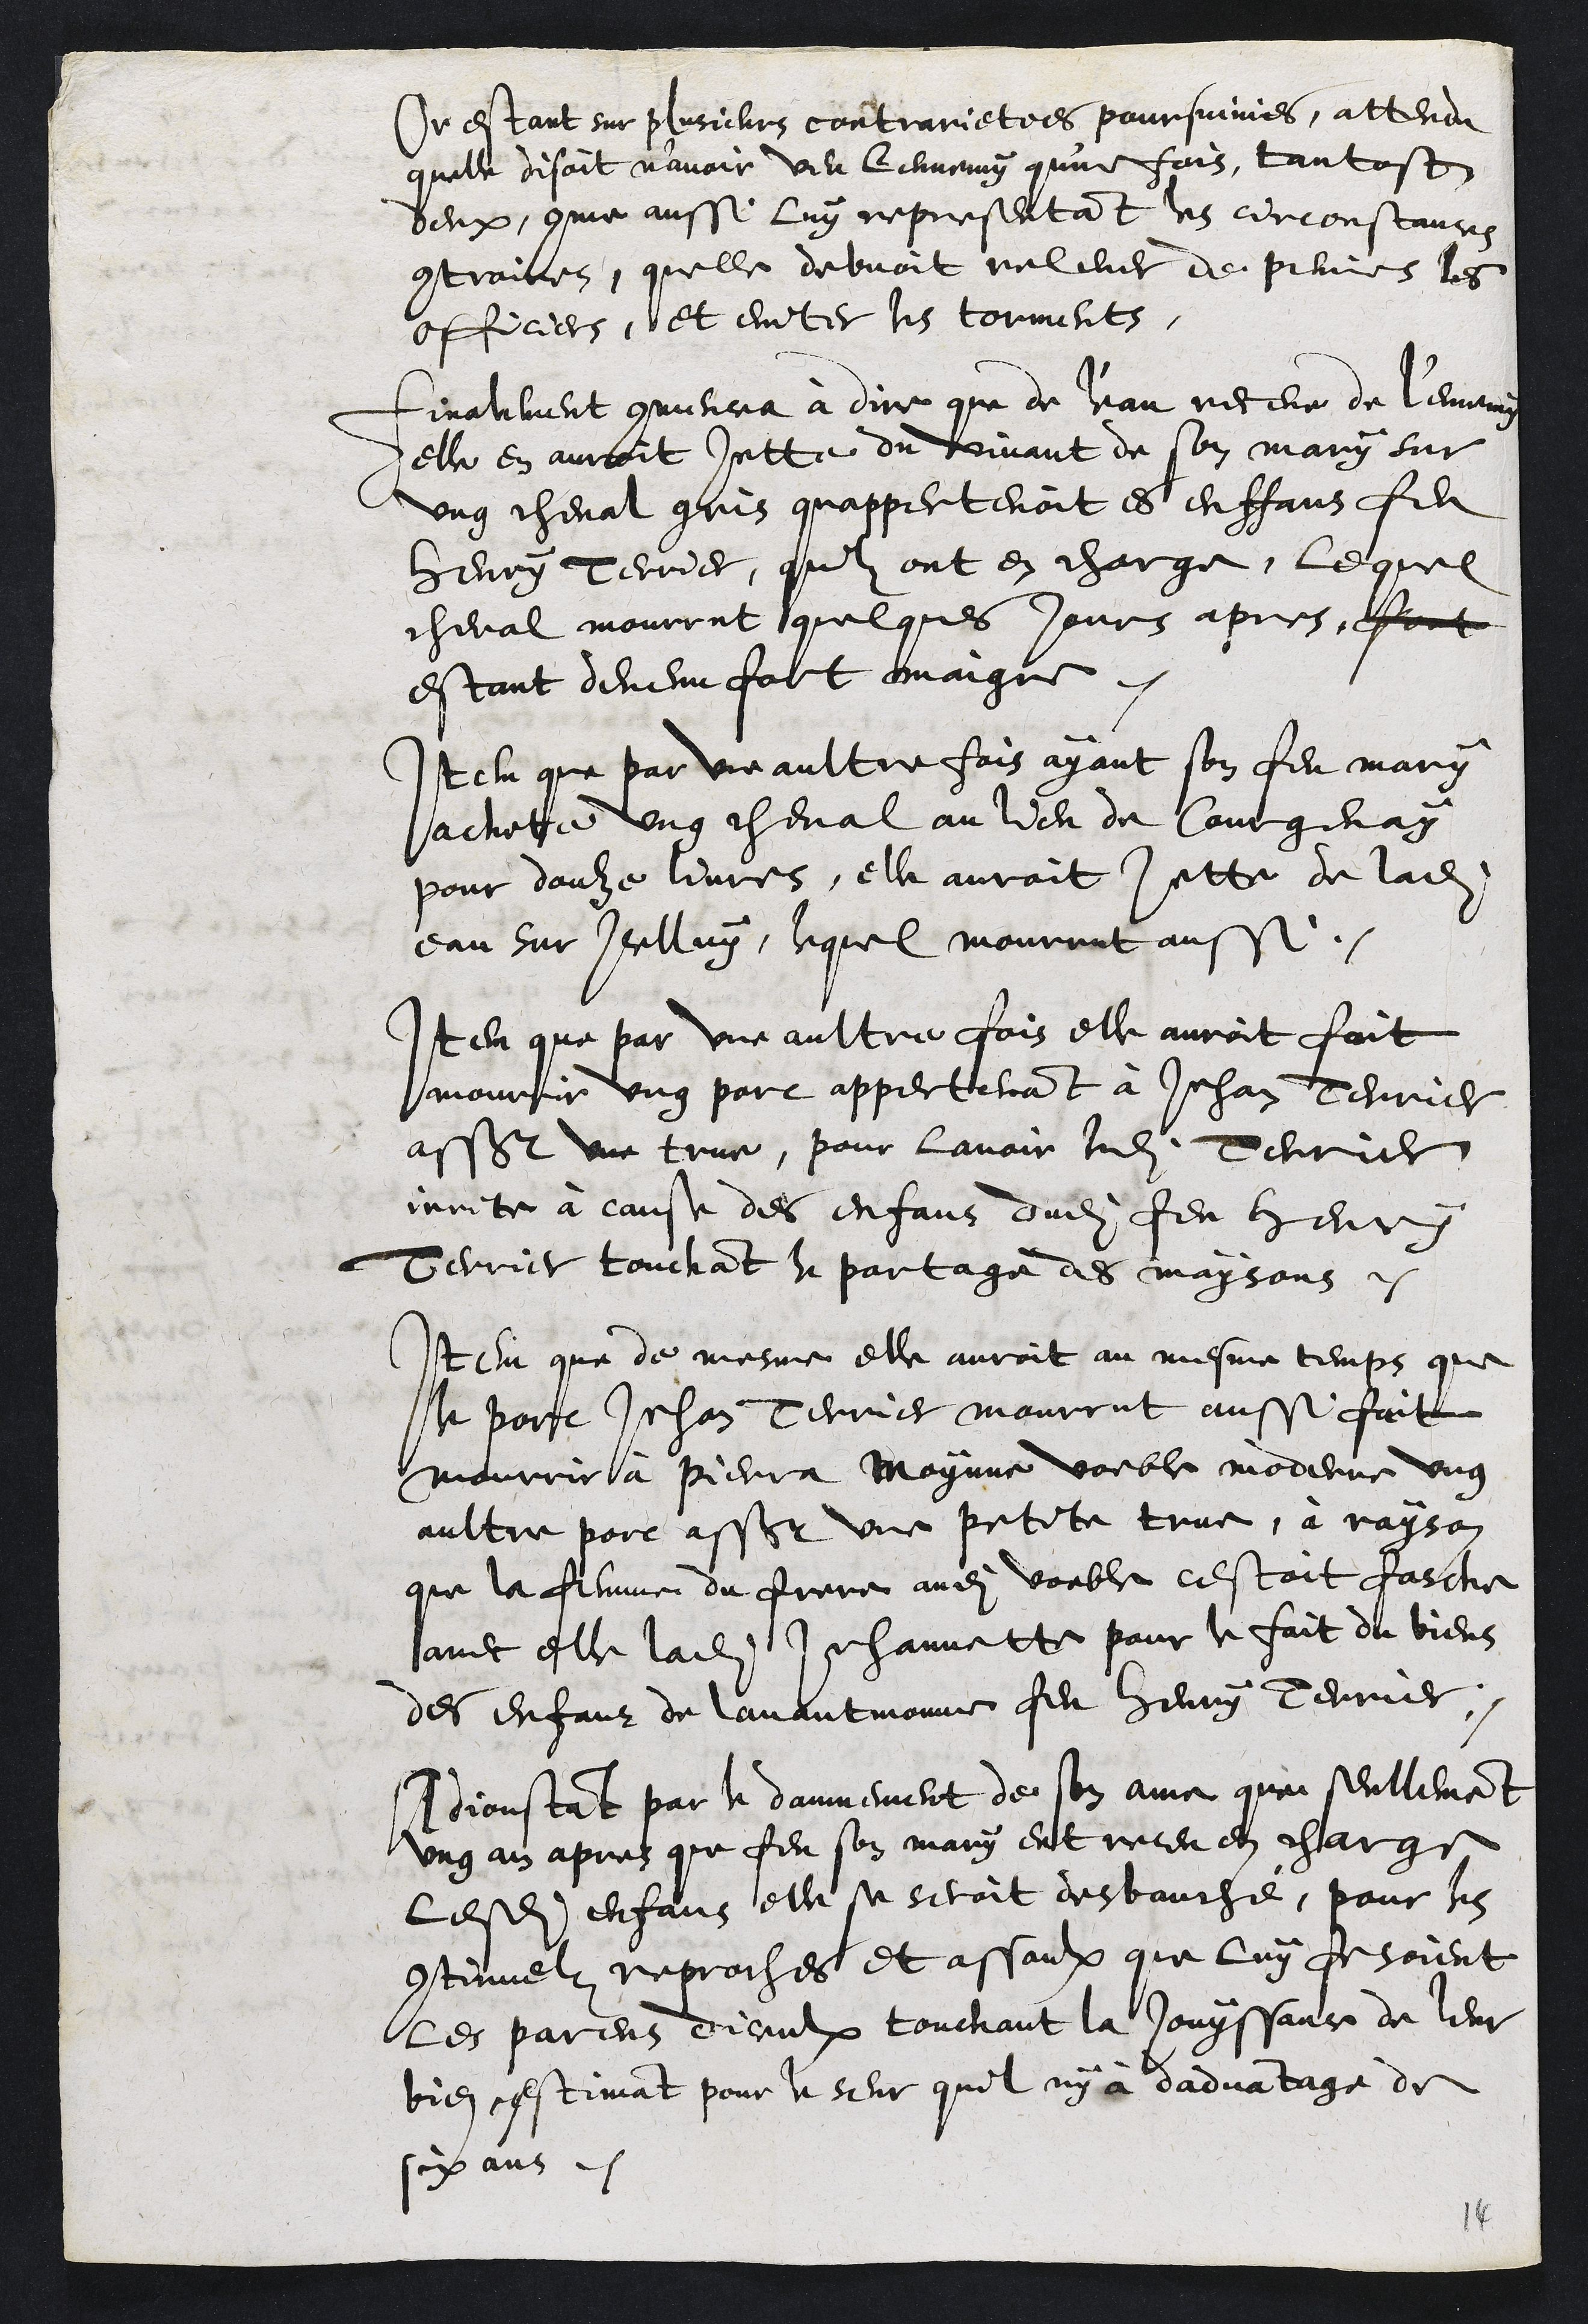
Or estant sur plusieurs contrarietees poursuivies, attendu
quelle disoit n'avoir veu lennemy qune fois, tantost
deux, comme aussi luy representant les circonstances
contraires, quelle debvoit relever de peines les
officiers, et eviter les torments,
Finalement commencea à dire que de l'eau receue de l'ennemy
elle en auroit jette du vivant de son mary sur
ung cheval gris quappertenoit es enffans feu
Henry Terrier, quilz ont en charge, lequel
cheval mourrut quelques jours apres, fort
estant devenu fort maigre.
Item que par une aultre fois ayant son feu mary
achete ung cheval au lieu de Courgenay
pour douze livres, elle auroit jette de ladite
eau sur icelluy, lequel mourrut aussi.
Item que par une aultre fois elle auroit fait
mourrir ung porc appertenant à Jehan Terrier
assavoir une true, pour lavoir ledit Terrier
irrite à cause des enfans dudit feu Henry
Terrier touchant le partage des maysons.
Item que de mesme elle auroit au mesme temps que
le porc Jehan Terrier mourrut aussi fait
mourrir à Pierra Moynne voeble moderne ung
aultre porc assavoir une petite true, à rayson
que la femme du frere audit voeble cestoit fasche
avec elle ladite Jehannette pour le fait du biens
des enfanz de lavantnomme feu Henry Terrier.
Adjoustant par le damnement de son ame que seullement
ung an apres que feu son mary eut receu en charge
lesdits enfans elle se seroit desbauché, pour les
continuelz reproches et assaulx que luy fesoient
les parens deceulx touchant la jouyssance de leur
bien estimant pour le seur quil ny à dadvantage de
six ans.
14